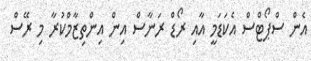
އެން ސްޕޯޓްސް އެކަޑަމީ އާއި ރޯޑް ރަނާސް އިން އިންތިޒާމްކުރާ މި ރޭސް